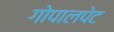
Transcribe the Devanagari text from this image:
गोपालपेट